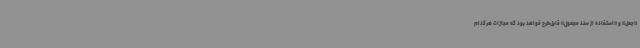
«جعل» و «استفاده از سند مجعول» قابل‌طرح خواهد بود که مجازات هرکدام